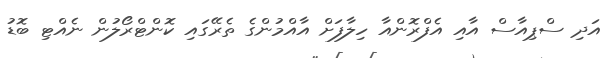
އަދި ސްޕިއާސް އާއި އެފްރޮންއާ ހިލާފަށް އާއްމުންގެ ތެރޭގައި ކޮންޓްރޯލުން ނެއްޓި ބޮޑު